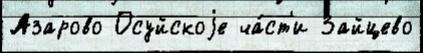
Азарово Осуйскоjе ча́ст'и Зайцево